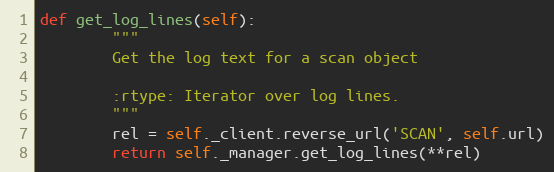
Language: Python
def get_log_lines(self):
        """
        Get the log text for a scan object

        :rtype: Iterator over log lines.
        """
        rel = self._client.reverse_url('SCAN', self.url)
        return self._manager.get_log_lines(**rel)